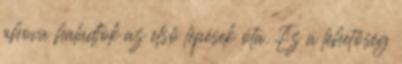
ahova haladtok az első lépések óta. Ez a lehetőség